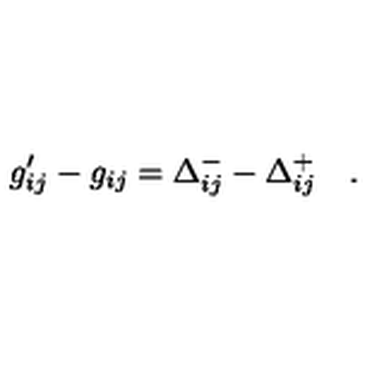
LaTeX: g _ { i j } ^ { \prime } - g _ { i j } = \Delta _ { i j } ^ { - } - \Delta _ { i j } ^ { + } \quad .